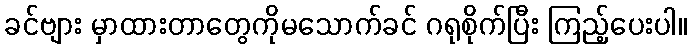
ခင်ဗျား မှာထားတာတွေကိုမသောက်ခင် ဂရုစိုက်ပြီး ကြည့်ပေးပါ။